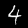
Digit: 4